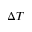
\Delta T